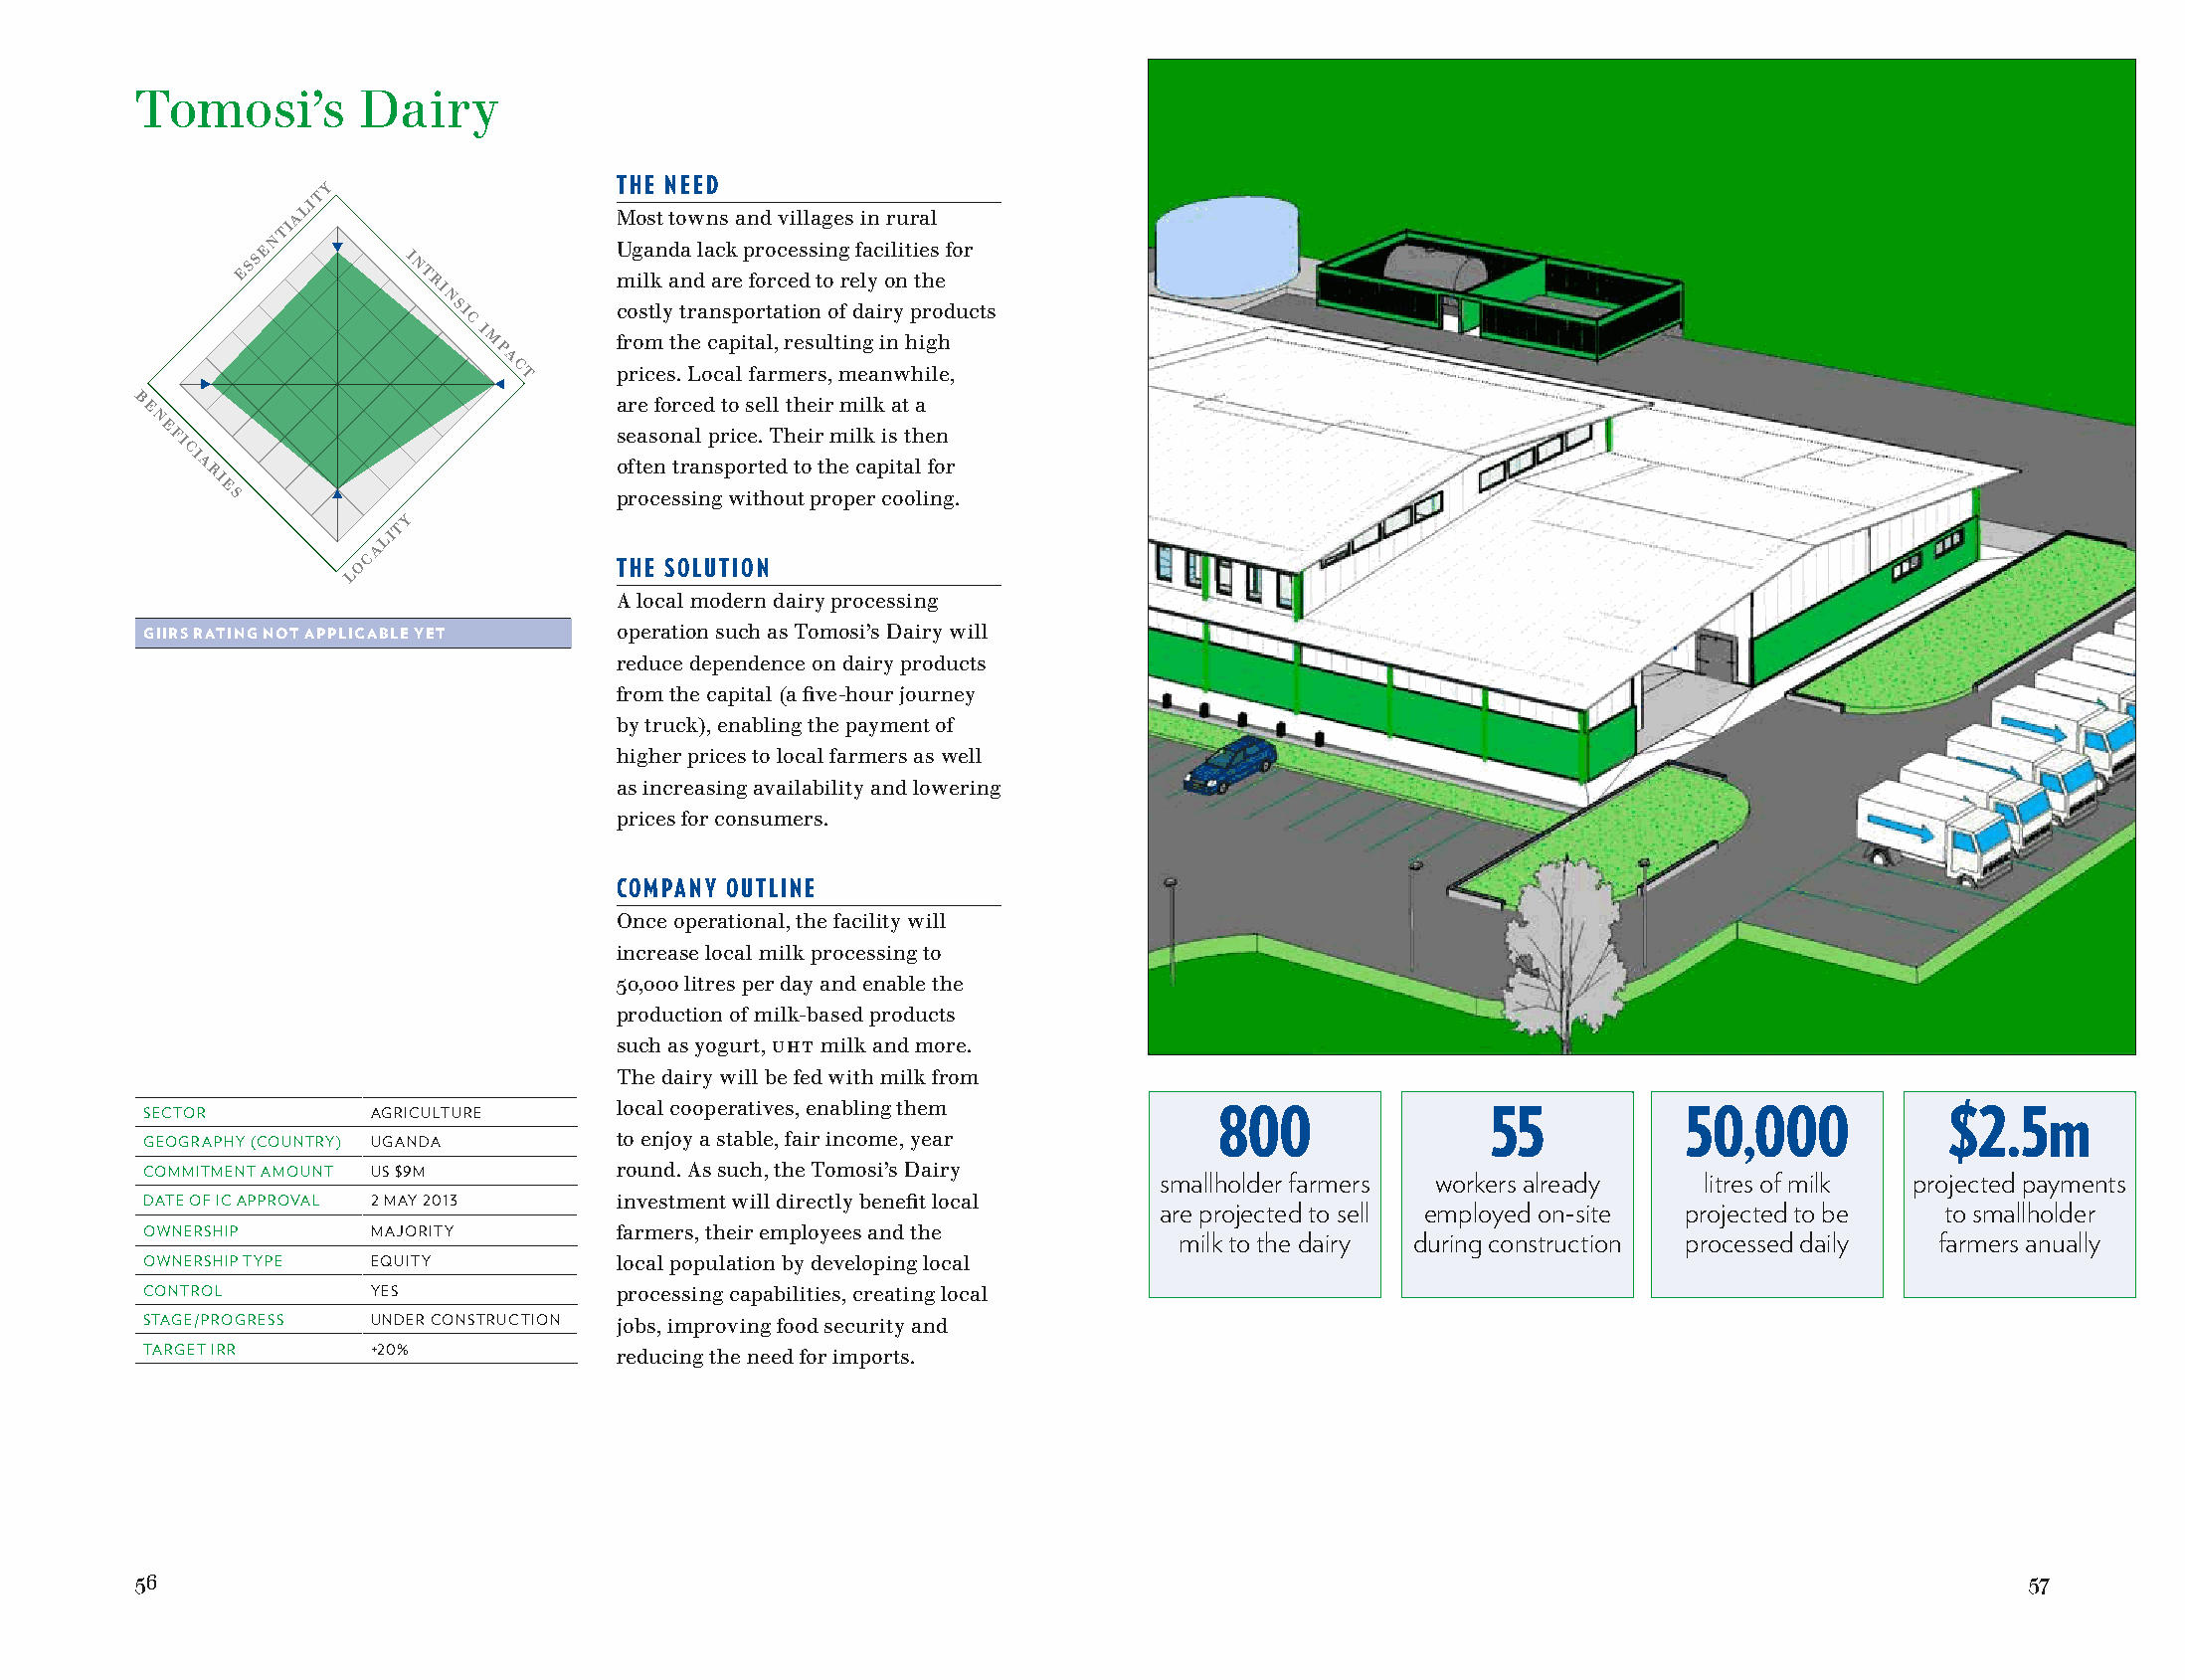
Tomosi’s       Dairy
 TOMOSIS
 y                   THE NEED
 t
 li
 a                     Most towns and villages in rural
 ti
 n
 e                       Uganda lack processing facilities for
 Ess        I
 n
 t ri         milk and are forced to rely on the
 n
 si         costly transportation of dairy products
 c
 I
 m        from the capital, resulting in high
 p
 a
 c t    prices. Local farmers, meanwhile,
 B                               are forced to sell their milk at a
 e
 n
 e
 fi                            seasonal price. Their milk is then
 ci
 a                           often transported to the capital for
 ri
 e
 s                         processing without proper cooling.
 y
 t
 li
 a
 c
 o                THE SOLUTION
 L
 A local modern dairy processing
 GIIRS RATING NOT APPLICABLE YET operation such as Tomosi’s Dairy will
 reduce dependence on dairy products
 from the capital (a five-hour journey
 by truck), enabling the payment of
 higher prices to local farmers as well
 as increasing availability and lowering
 prices for consumers.
 COMPANY OUTLINE
 Once operational, the facility will
 increase local milk processing to
 50,000 litres per day and enable the
 production of milk-based products
 such as yogurt, UHT milk and more.
 The dairy will be fed with milk from
 local cooperatives, enabling them
 SECTOR         AGRICULTURE                                             800               55           50,000            $2.5m
 GEOGRAPHY (COUNTRY) UGANDA     to enjoy a stable, fair income, year
 COMMITMENT AMOUNT US $9M       round. As such, the Tomosi’s Dairy  smallholder farmers workers already litres of milk projected payments
 DATE OF IC APPROVAL 2 MAY 2013 investment will directly benefit local are projected to sell employed on-site projected to be to smallholder
 OWNERSHIP      MAJORITY        farmers, their employees and the     milk to the dairy during construction processed daily farmers anually
 OWNERSHIP TYPE EQUITY          local population by developing local
 CONTROL        YES             processing capabilities, creating local
 STAGE/PROGRESS UNDER CONSTRUCTION jobs, improving food security and
 TARGET IRR     +20%            reducing the need for imports.
 56                                                                                                                            57